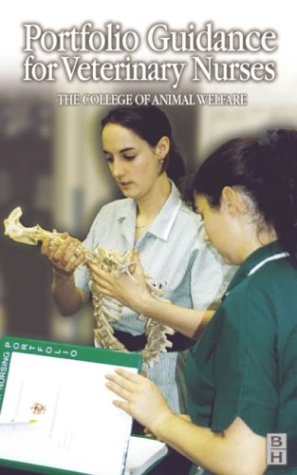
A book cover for Portfolio Guidance for Veterinary Nurses, 1e; CAW; Medical Books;